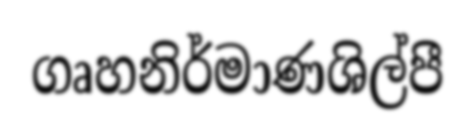
ගෘහනිර්මාණශිල්පී